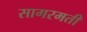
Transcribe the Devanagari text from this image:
सागरमती